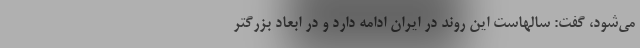
می‌شود، گفت: سالهاست این روند در ایران ادامه دارد و در ابعاد بزرگتر